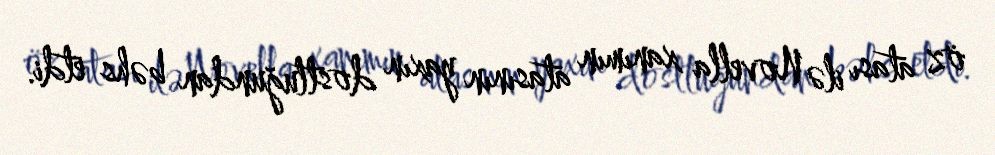
öz atası ilə Novella xanımın atasının yaxın dostluğundan bəhs etdi.